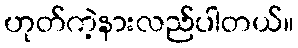
ဟုတ်ကဲ့နားလည်ပါတယ်။